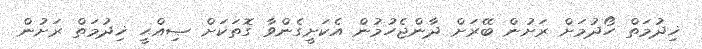
ޚިދުމަތް ހޯދުމަށް ރަށުން ބޭރަށް ދާންޖެހުމުން އެކަށީގެންވާ ގޮތަކަށް ޞިއްޙީ ޚިދުމަތް ރަށުން